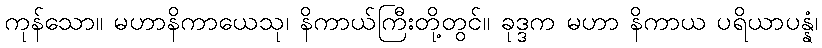
ကုန်သော။ မဟာနိကာယေသု၊ နိကာယ်ကြီးတို့တွင်။ ခုဒ္ဒက မဟာ နိကာယ ပရိယာပန္နံ၊